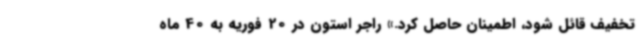
تخفیف قائل شود، اطمینان حاصل کرد.» راجر استون در 20 فوریه به 40 ماه